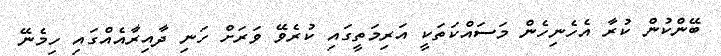
ބޭންކުން ކުރާ އެހެނިހެން މަސައްކަތަކީ އަރިމަތީގައި ކުރެވޭ ވަރަށް ހަނި ދާއިރާއެއްގައި ހިމެނޭ